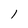
Character: l